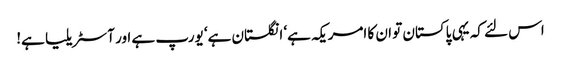
اس لئے کہ یہی پاکستان تو ان کا امریکہ ہے‘ انگلستان ہے‘ یورپ ہے اور آسٹریلیا ہے!